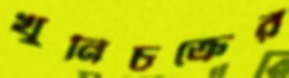
খুনিচক্রের